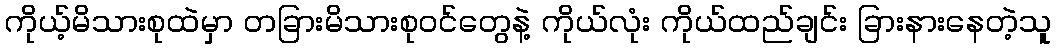
ကိုယ့်မိသားစုထဲမှာ တခြားမိသားစုဝင်တွေနဲ့ ကိုယ်လုံး ကိုယ်ထည်ချင်း ခြားနားနေတဲ့သူ